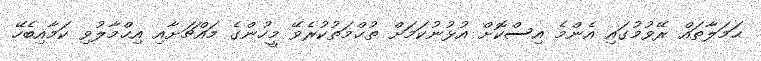
ޙަމަލާތައް ރޭވުމުގައި އެންމެ އިސްކޮށް އުޅުނުކަމަށް ތުޙްމަތުކުރެވޭ މީހުންގެ މައްޗަށާއި އިޙްމާލުވި ކަމާއިބެހޭ